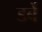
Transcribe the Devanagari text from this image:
डर्बे